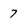
Character: 7